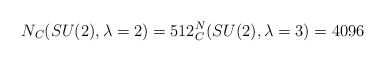
\begin{align*}N_C(SU(2),\lambda=2)= 512\sp N_C(SU(2),\lambda=3)=4096\end{align*}